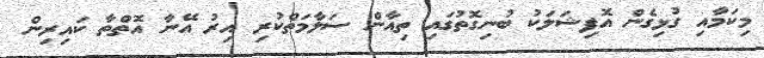
މިކަމާއި ގުޅިގެން އޮފިޝަލަކު ބުނިގޮތުގައި ތިއާން ސަލާމަތްކުރި އިރު އޭނާ އޮތްތާ ކައިރިން